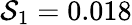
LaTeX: \mathcal{S}_{1}=0.018